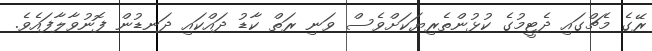
ރޭގެ މެޗްގައި ދެޓީމުގެ ކުޅުންތެރިޔަކަށްވެސް ވަނި ރަތް ކާޑު ދައްކައި ދަނޑުން ފޮނުވާލާފައެވެ.